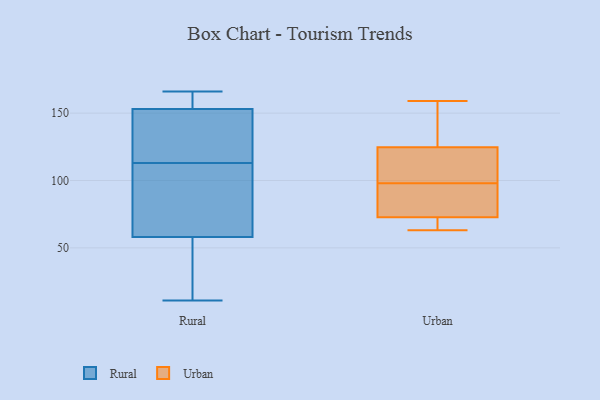
{"axis": {"x": "Humidity (%)", "y": "Value"}, "legend": ["Rural", "Urban"], "data": [{"x": "", "y": 154, "type": "Rural"}, {"x": "", "y": 125, "type": "Rural"}, {"x": "", "y": 115, "type": "Rural"}, {"x": "", "y": 11, "type": "Rural"}, {"x": "", "y": 53, "type": "Rural"}, {"x": "", "y": 111, "type": "Rural"}, {"x": "", "y": 153, "type": "Rural"}, {"x": "", "y": 61, "type": "Rural"}, {"x": "", "y": 166, "type": "Rural"}, {"x": "", "y": 58, "type": "Rural"}, {"x": "", "y": 98, "type": "Urban"}, {"x": "", "y": 64, "type": "Urban"}, {"x": "", "y": 130, "type": "Urban"}, {"x": "", "y": 72, "type": "Urban"}, {"x": "", "y": 129, "type": "Urban"}, {"x": "", "y": 111, "type": "Urban"}, {"x": "", "y": 76, "type": "Urban"}, {"x": "", "y": 112, "type": "Urban"}, {"x": "", "y": 75, "type": "Urban"}, {"x": "", "y": 63, "type": "Urban"}, {"x": "", "y": 159, "type": "Urban"}]}